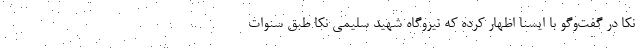
نکا در گفت‌وگو با ایسنا اظهار کرده که نیروگاه شهید سلیمی نکا طبق سنوات